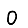
Digit: 0